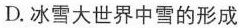
D.冰雪大世界中雪的形成